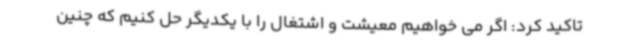
تاکید کرد: اگر می خواهیم معیشت و اشتغال را با یکدیگر حل کنیم که چنین